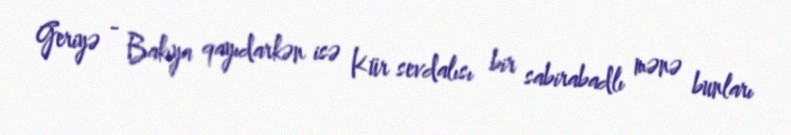
Geriyə - Bakıya qayıdarkən isə Kür sevdalısı bir sabirabadlı mənə bunları